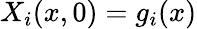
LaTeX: X_{i}(x,0)=g_{i}(x)